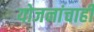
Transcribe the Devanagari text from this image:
योजनांचाही